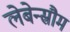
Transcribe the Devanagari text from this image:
लेबेन्स्रौम